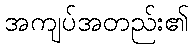
အကျပ်အတည်း၏